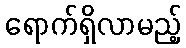
ရောက်ရှိလာမည့်